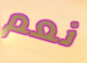
نعم